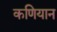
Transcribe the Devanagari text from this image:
कणियान